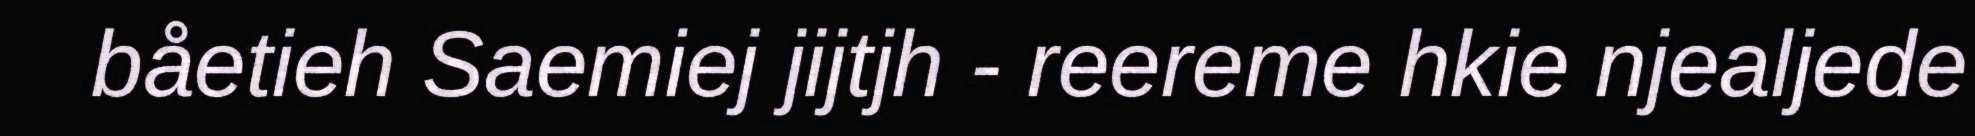
båetieh Saemiej jijtjh - reereme hkie njealjede